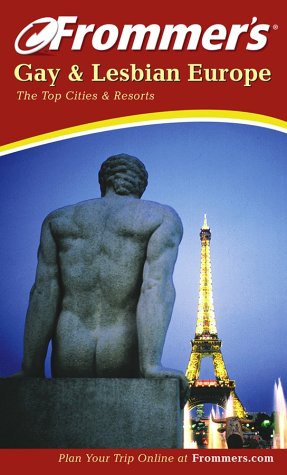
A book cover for Frommer's Gay and Lesbian Europe: The Top Cities & Resorts (Frommer's Gay & Lesbian Europe); David Andrusia; Gay & Lesbian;